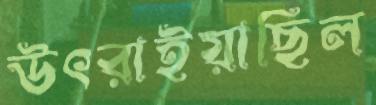
উৎরাইয়াছিল